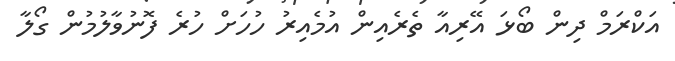
އަކްރަމް ދިން ބޯޅަ އޭރިއާ ތެރެއިން އުމެއިރު ހުހަށް ހުރެ ފޮނުވާލުމުން ގޯލާ